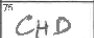
Transcription: CHD